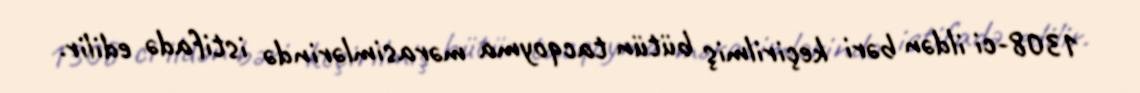
1308-ci ildən bəri keçirilmiş bütün tacqoyma mərasimlərində istifadə edilir.